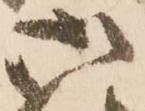
御